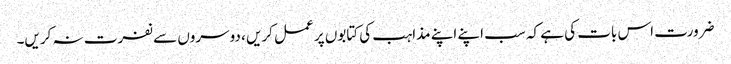
ضرورت اس بات کی ہے کہ سب اپنے اپنے مذاہب کی کتابوں پر عمل کریں ، دوسروں سے نفرت نہ کریں۔